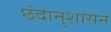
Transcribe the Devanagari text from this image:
छंदानुशासन